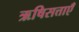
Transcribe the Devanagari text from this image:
ऋषिसत्ताएँ